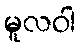
မူလဝါ